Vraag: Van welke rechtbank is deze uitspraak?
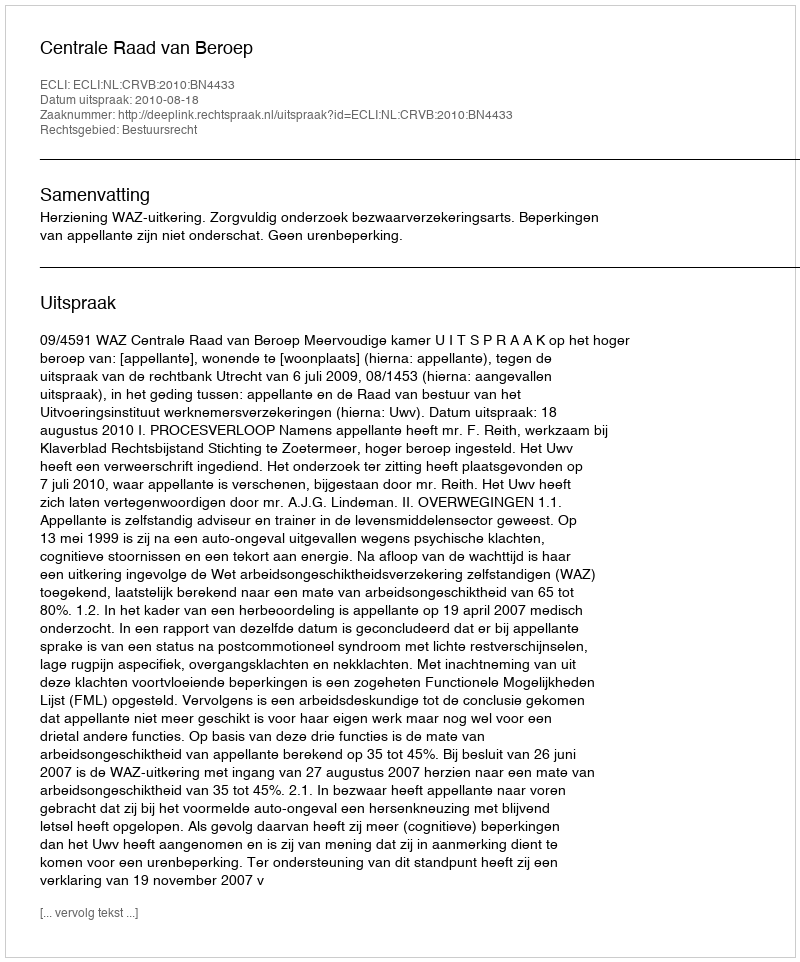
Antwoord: Centrale Raad van Beroep